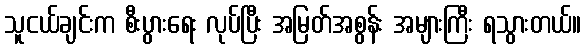
သူငယ်ချင်းက စီးပွားရေး လုပ်ပြီး အမြတ်အစွန်း အများကြီး ရသွားတယ်။